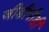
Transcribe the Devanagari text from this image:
जीडीपीडी